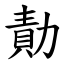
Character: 勣